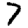
Digit: 7